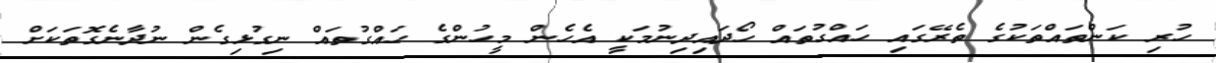
ހުރި ކަންތައްތަކުގެ ތެރޭގައި ހައްގުތައް ހޯދައިދިނުމަކީ އެހެން މީހުންގެ ހައްގުތައް ނިގުޅިގެން ނުދާނެގޮތަކަށް